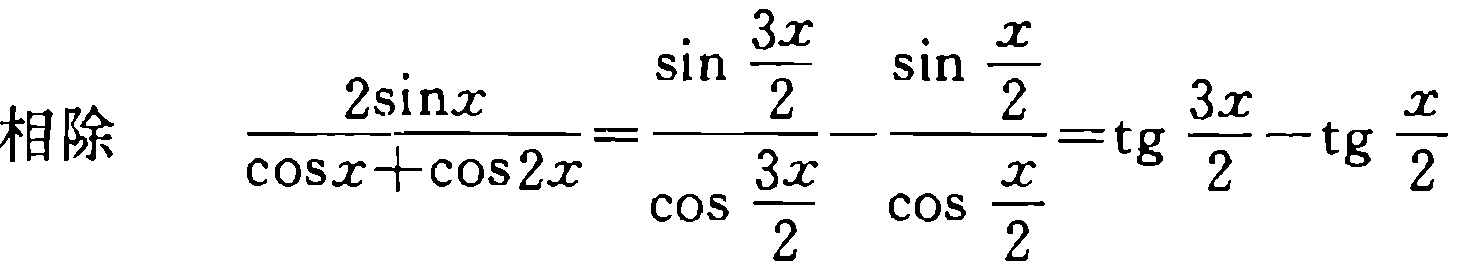
相除 $\frac{2\sin x}{\cos x + \cos 2x}=\frac{\sin \frac{3x}{2}}{\cos \frac{3x}{2}} - \frac{\sin \frac{x}{2}}{\cos \frac{x}{2}}=\operatorname{tg} \frac{3x}{2}-\operatorname{tg} \frac{x}{2}$